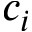
c _ { i }